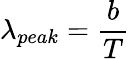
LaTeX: \lambda_{peak}=\frac{b}{T}